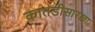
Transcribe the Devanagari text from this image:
कातडीसारखा